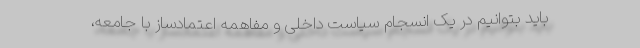
باید بتوانیم در یک انسجام سیاست داخلی و مفاهمه اعتمادساز با جامعه،